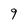
Character: 9